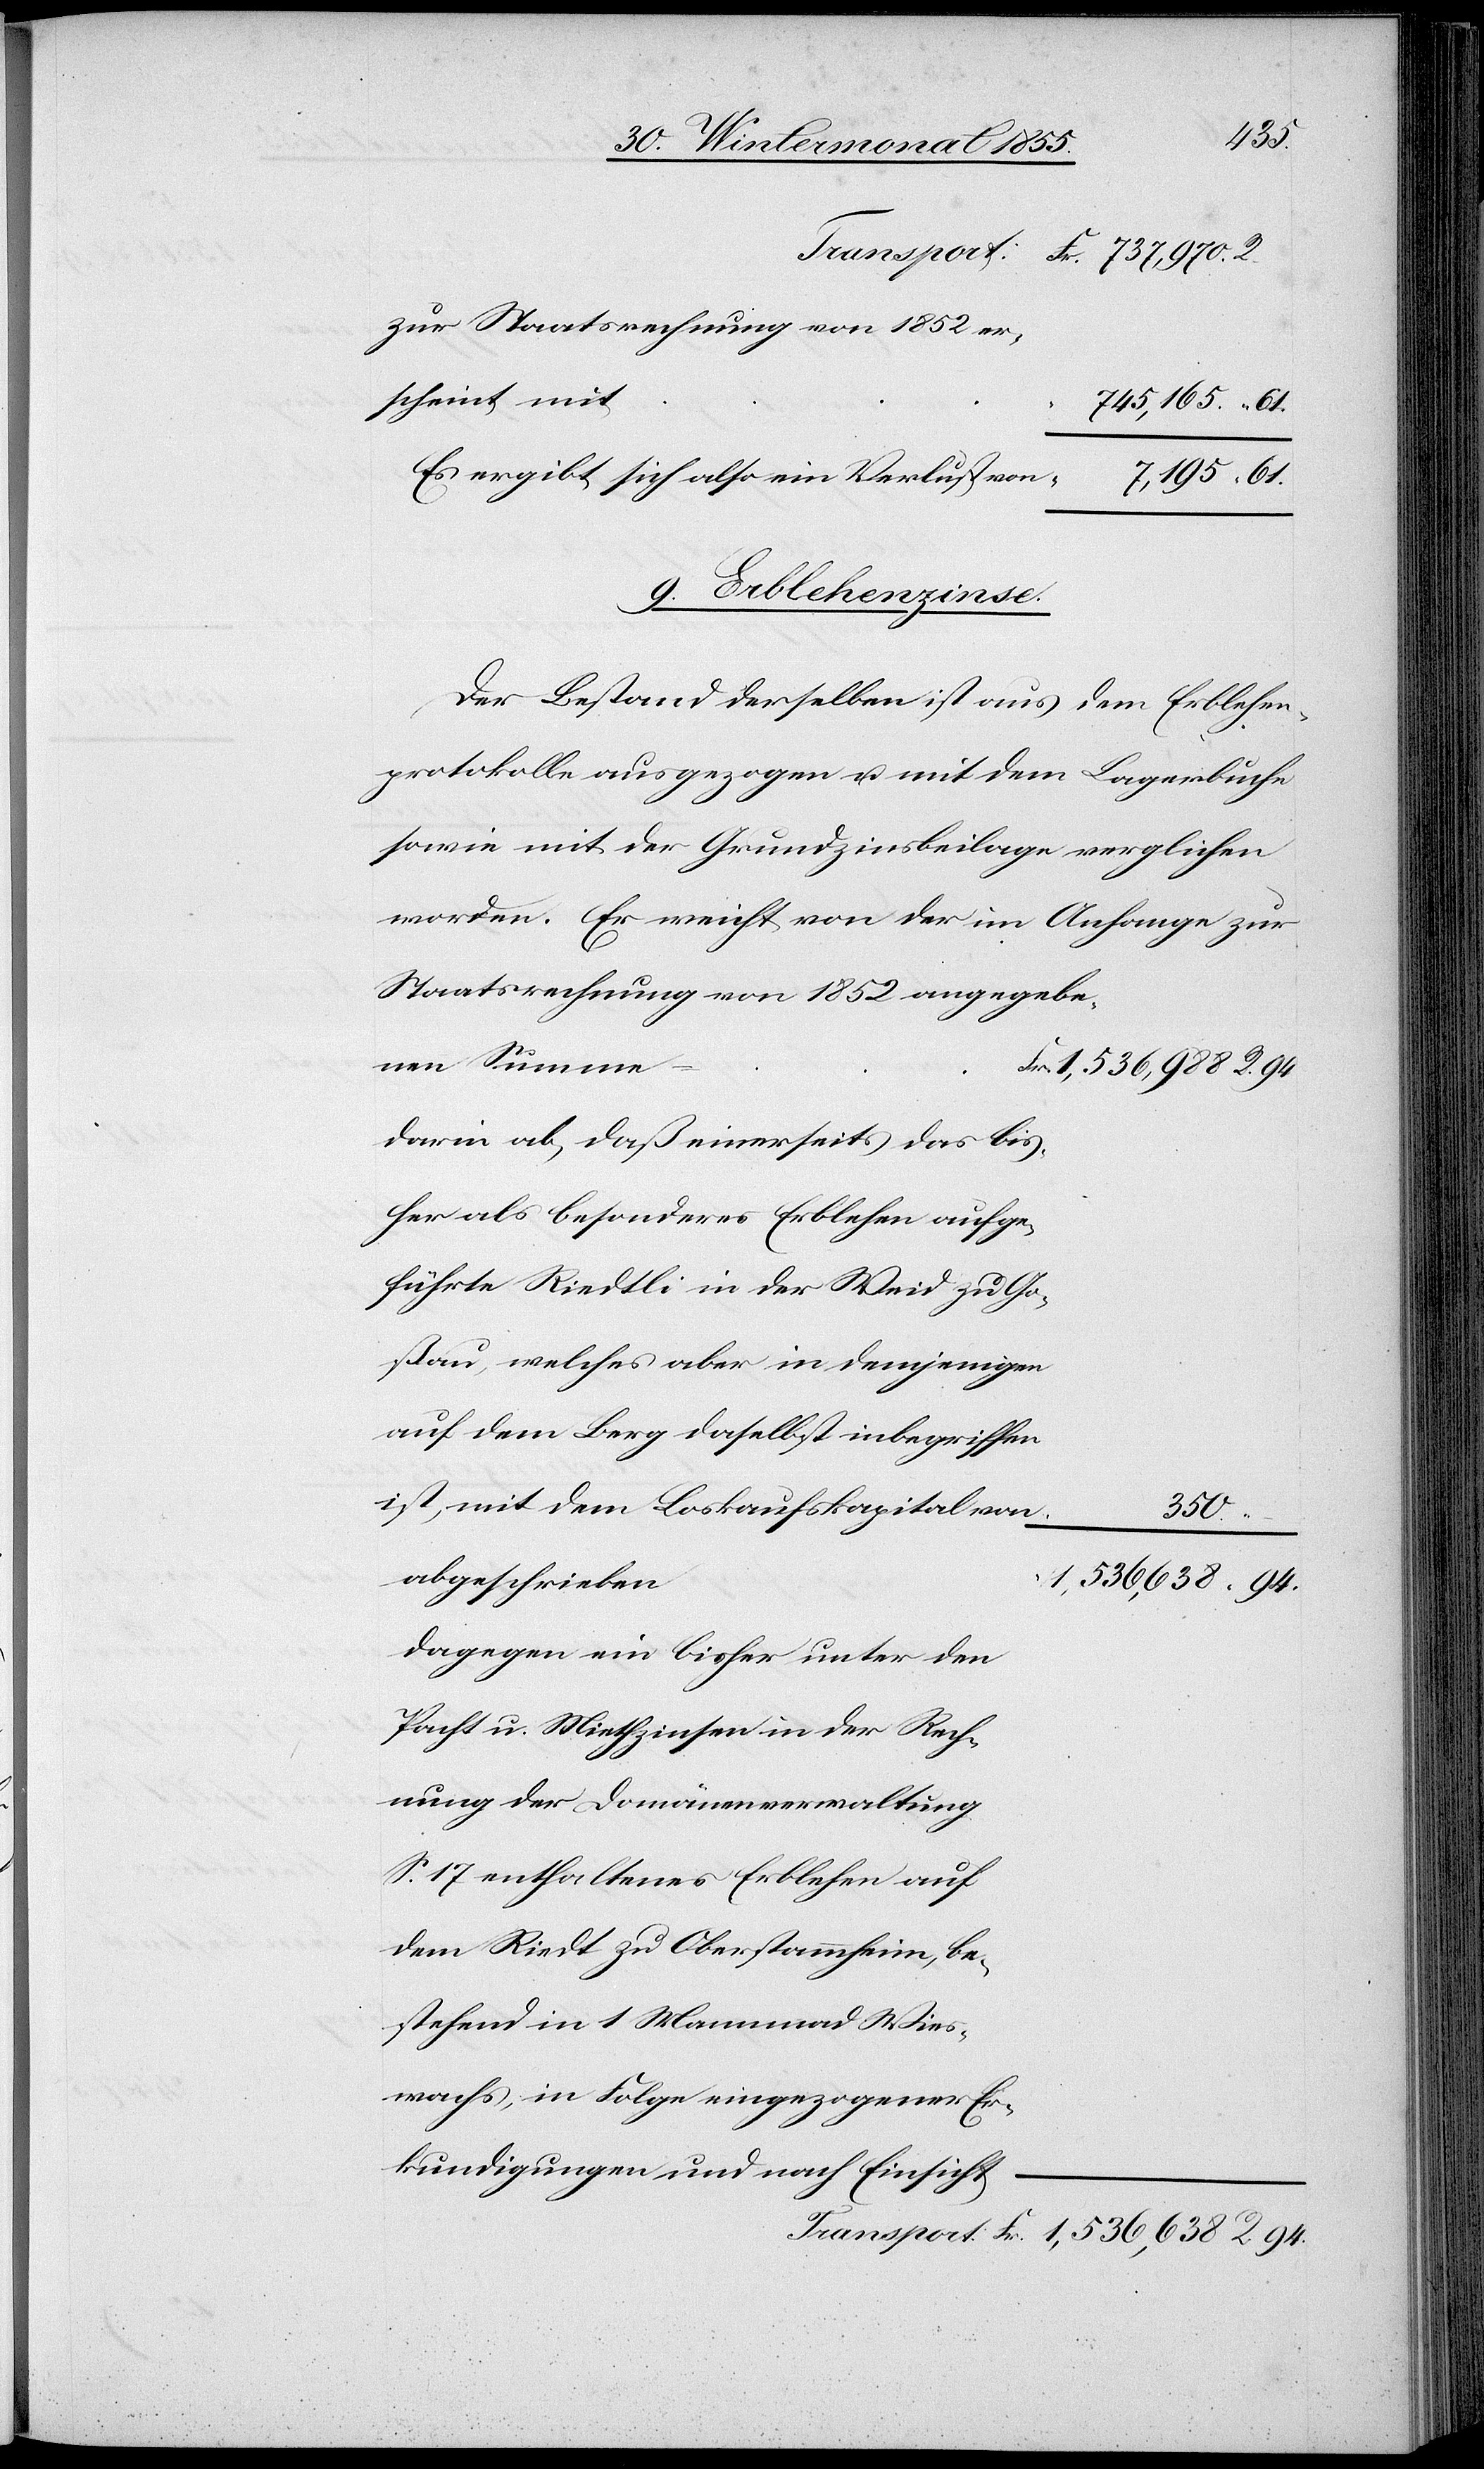
94.
zur Staatsrechnung von 1852 er¬
scheint mit
745,165.
Es ergibt sich also ein Verlust von
9. Erblehenzinse.
Der Bestand derselben ist aus dem Erblehen¬
protokolle ausgezogen u. mit dem Lagerbuche
sowie mit der Grundzinsbeilage verglichen
worden. Er weicht von der im Anhange zur
Staatsrechnung von 1852 angegebe¬
nen Summe
darin ab, daß einerseits das bis¬
her als besonderes Erblehen aufge¬
führte Riedtli in der Weid zu Go¬
ßau, welches aber in demjenigen
auf dem Berg daselbst inbegriffen
ist, mit dem Loskaufskapital von
350.
abgeschrieben
Dagegen ein bisher unter den
Pacht u. Miethzinsen in der Rech¬
nung der Domänenverwaltung
S. 17 enthaltenes Erblehen auf
dem Riedt zu Oberstammheim, be¬
stehend in 1 Mannmad Wies¬
wachs, in Folge eingezogener Er¬
kundigungen und nach Einsicht